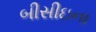
બીસીઇના